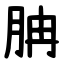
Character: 䏥